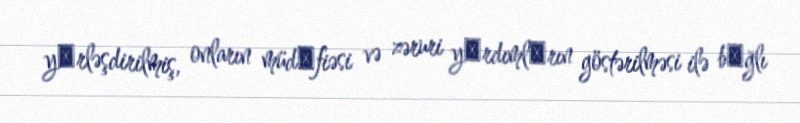
yеrləşdirilmiş, onların müdаfiəsi və zəruri yаrdımlаrın göstərilməsi ilə bаğlı